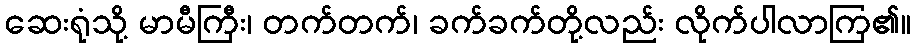
ဆေးရုံသို့ မာမီကြီး၊ တက်တက်၊ ခက်ခက်တို့လည်း လိုက်ပါလာကြ၏။